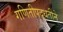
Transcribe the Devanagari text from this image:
गणितीपद्धतीने